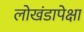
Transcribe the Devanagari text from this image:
लोखंडापेक्षा